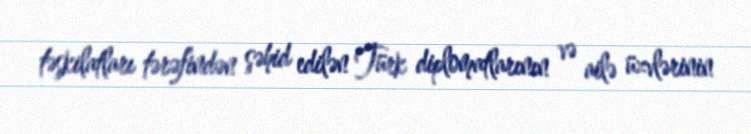
təşkilatları tərəfindən şəhid edilən Türk diplomatlarının və ailə üzvlərinin